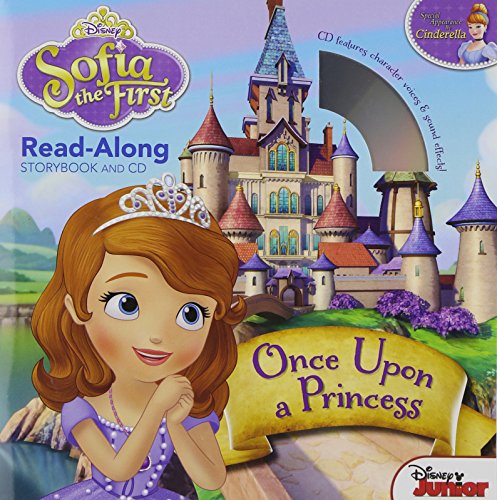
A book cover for Sofia the First Read-Along Storybook and CD Once Upon a Princess; Disney Book Group; Children's Books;